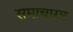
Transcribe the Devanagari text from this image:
समाचारत्र